Preliminary report on the development of the Leishman-Donovan body in the bed bug - Number 27
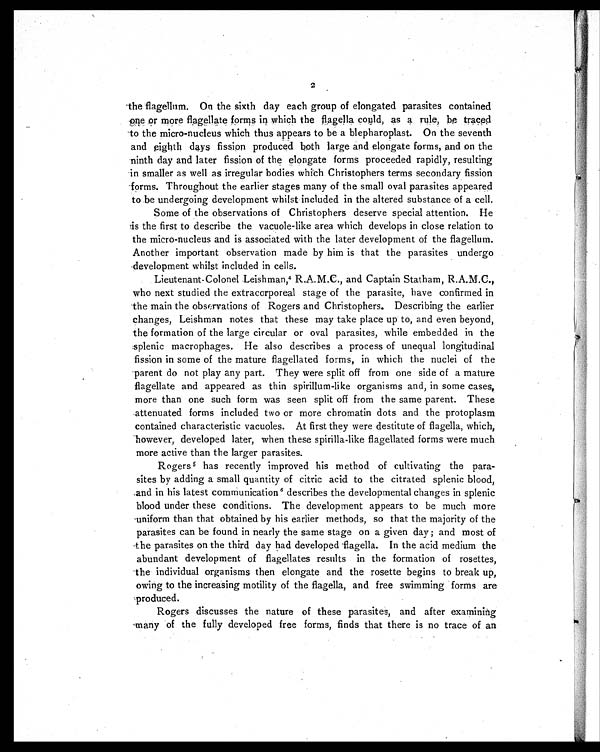
2
the flagellum. On the sixth day each group of elongated parasites contained
one or more flagellate forms in which the flagella could, as a rule, be traced
to the micro-nucleus which thus appears to be a blepharoplast. On the seventh
and eighth days fission produced both large and elongate forms, and on the
ninth day and later fission of the elongate forms proceeded rapidly, resulting
in smaller as well as irregular bodies which Christophers terms secondary fission
forms. Throughout the earlier stages many of the small oval parasites appeared
to be undergoing development whilst included in the altered substance of a cell.
Some of the observations of Christophers deserve special attention. He
is the first to describe the vacuole-like area which develops in close relation to
the micro-nucleus and is associated with the later development of the flagellum.
Another important observation made by him is that the parasites undergo
development whilst included in cells.
Lieutenant-Colonel Leishman,4 R.A.M.C., and Captain Statham, R.A.M.C.,
who next studied the extracorporeal stage of the parasite, have confirmed in
the main the observations of Rogers and Christophers. Describing the earlier
changes, Leishman notes that these may take place up to, and even beyond,
the formation of the large circular or oval parasites, while embedded in the
splenic macrophages. He also describes a process of unequal longitudinal
fission in some of the mature flagellated forms, in which the nuclei of the
parent do not play any part. They were split off from one side of a mature
flagellate and appeared as thin spirillum-like organisms and, in some cases,
more than one such form was seen split off from the same parent. These
attenuated forms included two or more chromatin dots and the protoplasm
contained characteristic vacuoles. At first they were destitute of flagella, which,
however, developed later, when these spirilla-like flagellated forms were much
more active than the larger parasites.
Rogers5 has recently improved his method of cultivating the para-
sites by adding a small quantity of citric acid to the citrated splenic blood,
and in his latest communication 6 describes the developmental changes in splenic
blood under these conditions. The development appears to be much more
uniform than that obtained by his earlier methods, so that the majority of the
parasites can be found in nearly the same stage on a given day ; and most of
the parasites on the third day had developed flagella. In the acid medium the
abundant development of flagellates results in the formation of rosettes,
the individual organisms then elongate and the rosette begins to break up,
owing to the increasing motility of the flagella, and free swimming forms are
produced.
Rogers discusses the nature of these parasites, and after examining
many of the fully developed free forms, finds that there is no trace of an